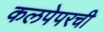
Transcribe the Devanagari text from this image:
कलपेपरची